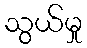
သွယ်မှု